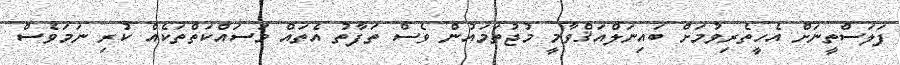
ފަލަސްތީނަށް އެހީތެރިވުމަށް ބައިނަލްއަޤްވާމީ މުޖުތަމައުން ވެސް ތަފާތު އެތައް މަސައްކަތްތަކެއް ކުރި ނަމަވެސް